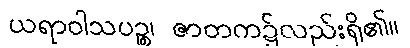
ယရာဝါသပဉ္စ၊ ဇာတက၌လည်းရှိ၏။